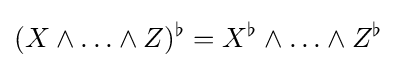
(X\wedge \ldots \wedge Z)^{\flat }=X^{\flat }\wedge \ldots \wedge Z^{\flat }